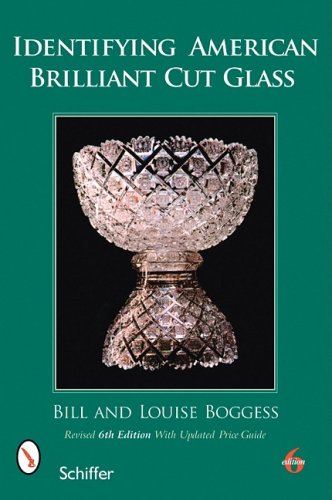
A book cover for Identifying American Brilliant Cut Glass; Bill Boggess; Crafts, Hobbies & Home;